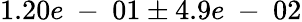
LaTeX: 1.20e\mathrm{~-~}01\pm 4.9e\mathrm{~-~}02